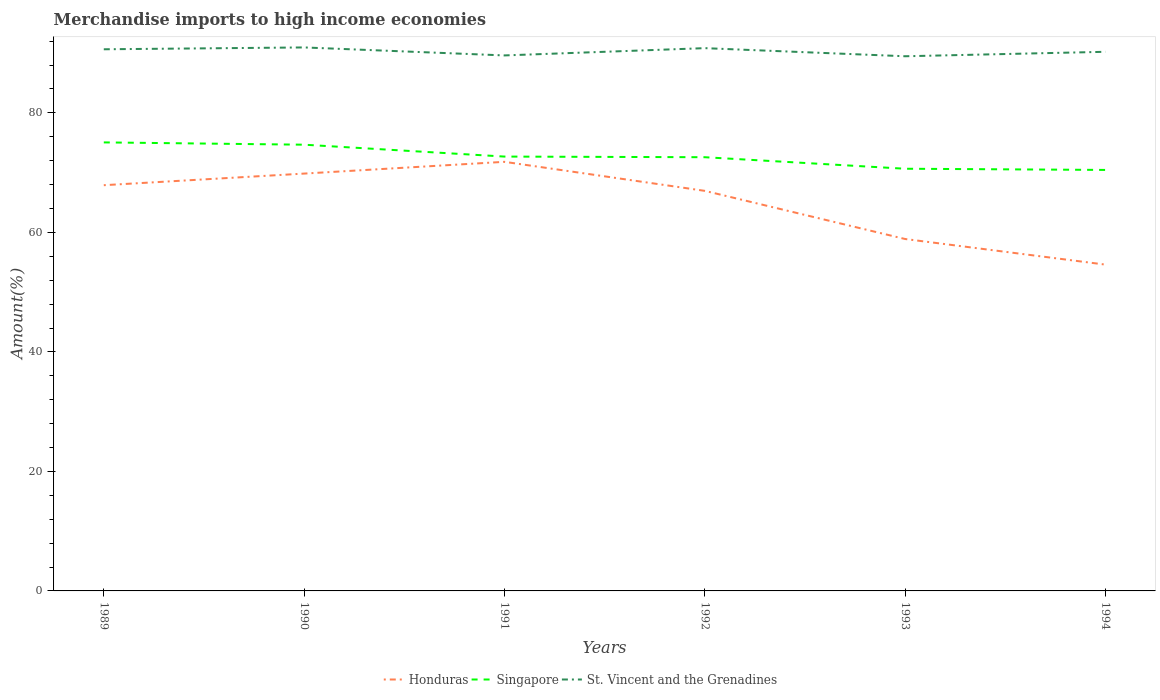
| Years | Honduras | Singapore | St. Vincent and the Grenadines |
 | --- | --- | --- | --- |
 | 1989 | 67.9 | 75.1 | 90.6 |
 | 1990 | 69.8 | 74.7 | 91 |
 | 1991 | 71.8 | 72.7 | 89.6 |
 | 1992 | 67 | 72.6 | 90.8 |
 | 1993 | 58.9 | 70.7 | 89.5 |
 | 1994 | 54.6 | 70.5 | 90.2 |